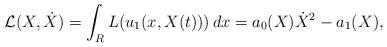
LaTeX: \begin{align*}\mathcal{L}(X,\dot X) = \int_{R} L(u_1(x,X(t))) \, dx = a_0(X)\dot X^2 - a_1(X), \end{align*}